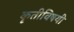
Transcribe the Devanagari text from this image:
कृतीविषयी